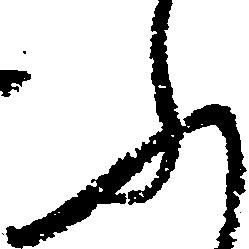
ふ